Report on the administration of the Government Cinchona Department 1892-98
Year: 1892
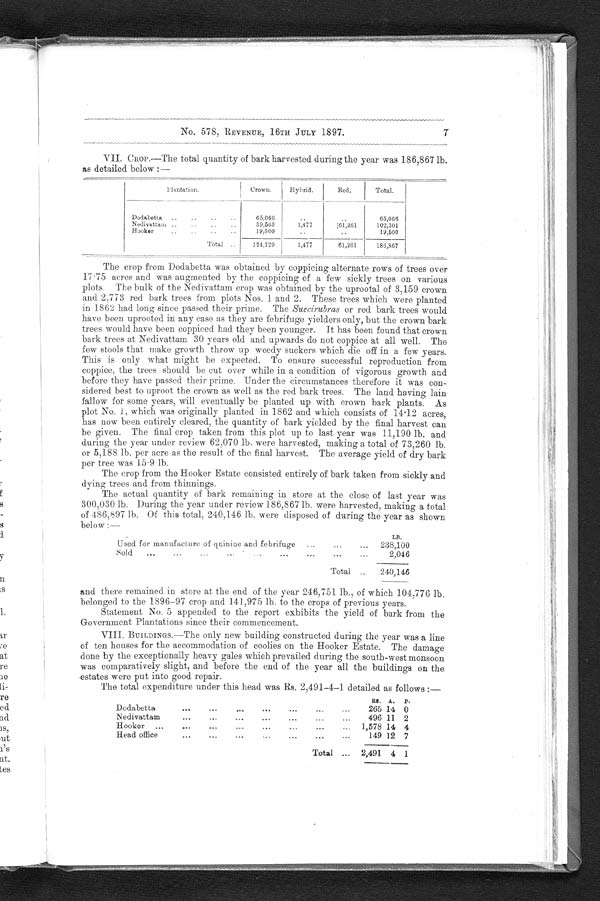
No. 578, REVENUE, 16TH JULY 1897.
7
VII. CROP.—The total quantity of bark harvested during the year was 186,867 lb.
as detailed below :—
Plantation.
Crown.
Hybrid.
Red.
Total.
Dodabetta
65,06
65,066
N e d i v a t t a m
39,563
1,477
61,261
102,301
Hooker
19,500
19,500
Total
124,129
1,477
61,261
186,867
The crop from Dodabetta was obtained by coppicing alternate rows of trees over
17•75 acres and was augmented by the coppicing of a few sickly trees on various
plots. The bulk of the Nedivattam crop was obtained by the uprootal of 3,159 crown
and 2,773 red bark trees from plots Nos. 1 and 2. These trees which were planted
in 1862 had long since passed their prime. The Succirubras or red bark trees would
have been uprooted in any case as they are febrifuge yielders only, but the crown bark
trees would have been coppiced had they been younger. It has been found that crown
bark trees at Nedivattam 30 years old and upwards do not coppice at all well. The
few stools that make growth throw up weedy suckers which die off in a few years.
This is only what might be expected. To ensure successful reproduction from
coppice, the trees should be cut over while in a condition of vigorous growth and
before they have passed their prime. Under the circumstances therefore it was con-
sidered best to uproot the crown as well as the red bark trees. The land having lain
fallow for some years, will eventually be planted up with crown bark plants. As
plot No. 1, which was originally planted in 1862 and which consists of 14•12 acres,
has now been entirely cleared, the quantity of bark yielded by the final harvest can
be given. The final crop taken from this plot up to last year was 11,190 lb. and
during the year under review 62,070 lb. were harvested, making a total of 73,260 lb.
or 5,188 lb. per acre as the result of the final harvest. The average yield of dry bark
per tree was 15 . 9 lb.
The crop from the Hooker Estate consisted entirely of bark taken from sickly and
dying trees and from thinnings.
The actual quantity of bark remaining in store at the close of last year was
300,030 lb. During the year under review 186,867 lb. were harvested, making a total
of 486,897 lb. Of this total, 240,146 lb. were disposed of during the year as shown
below :—
LB.
Used for manufacture of quinine and febrifuge
238,100
Sold
2,046
Total
240,146
and there remained in store at the end of the year 246,751 lb., of which 104,776 lb.
belonged to the 1896–97 crop and 141,975 lb. to the crops of previous years.
Statement No. 5 appended to the report exhibits the yield of bark from the
Government Plantations since their commencement.
VIII. BUILDINGS.—The only new building constructed dur
i n g t h e y e a r w a s a l i n e o f t e n h o u s e s f o r t i e a c c o m m o d a t i o n o f c o o l i e s o n t h e H o o k e r E s t a t e . T h e d a m a g e
done by the exceptionally heavy gales which prevailed during the south-west monsoon
was comparatively slight, and before the end of the year all the buildings on the
estates were put into good repair.
The total expenditure under this head was Rs. 2,491–4–1 detailed as follows :—
R S .
A .
P .
Dodabetta
265 14 0
Nedivattam
496 11 2
Hooker
1,578 14 4
Head office
149 12 7
Total
2,491 4 1